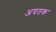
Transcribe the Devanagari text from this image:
अघतक